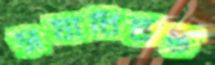
সমাধিস্তম্ভ